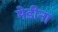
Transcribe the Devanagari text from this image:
मेडीना